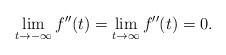
\begin{align*}\lim_{t\to -\infty}f''(t)=\lim_{t\to\infty}f''(t)=0.\end{align*}